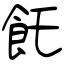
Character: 飥